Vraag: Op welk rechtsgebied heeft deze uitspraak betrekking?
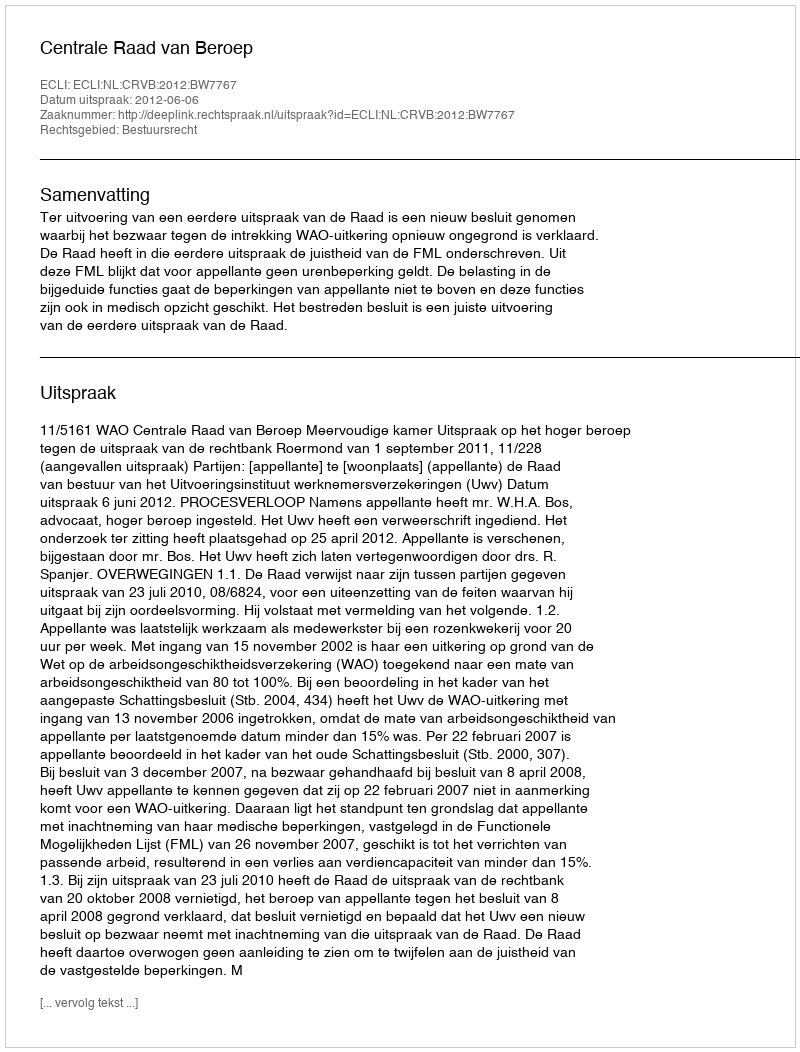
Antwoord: Bestuursrecht